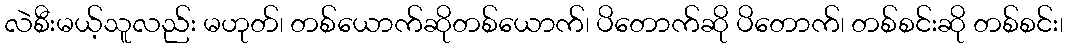
လဲစီးမယ့်သူလည်း မဟုတ်၊ တစ်ယောက်ဆိုတစ်ယောက်၊ ပိတောက်ဆို ပိတောက်၊ တစ်စင်းဆို တစ်စင်း၊